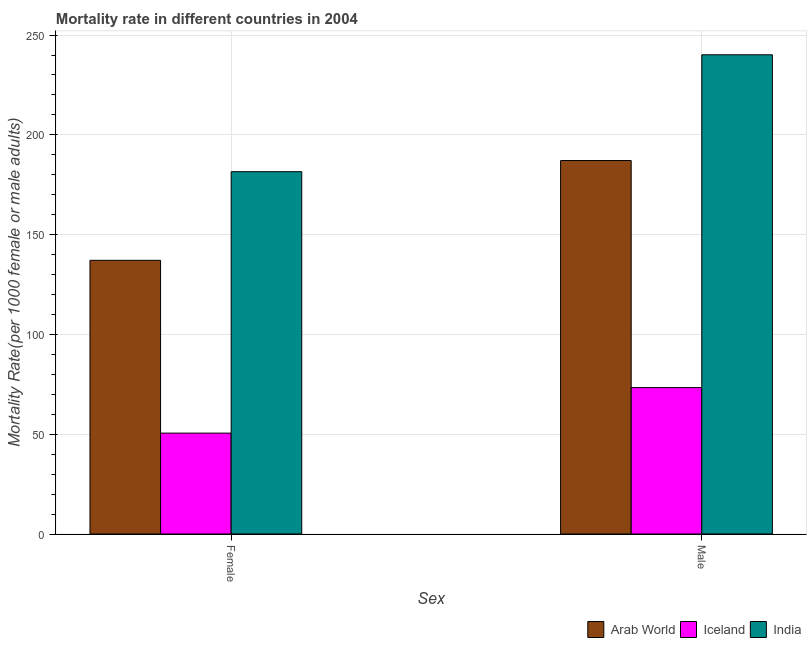
| Sex | Arab World | Iceland | India |
 | --- | --- | --- | --- |
 | Female | 137 | 50.6 | 182 |
 | Male | 187 | 73.4 | 240 |